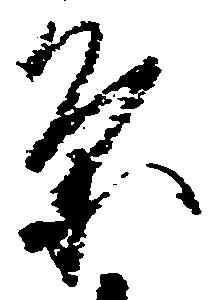
条